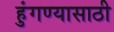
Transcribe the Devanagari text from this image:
हुंगण्यासाठी